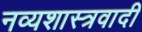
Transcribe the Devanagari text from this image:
नव्यशास्त्रवादी